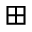
\boxplus